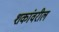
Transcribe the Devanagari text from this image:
शकांवरील